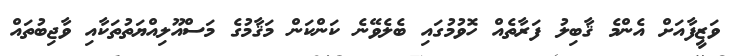
ވަޒީފާއަށް އެންމެ ޤާބިލު ފަރާތެއް ހޮވުމުގައި ބެލެވޭނެ ކަންކަން މަޤާމުގެ މަސްއޫލިއްޔަތުތަކާއި ވާޖިބުތައް